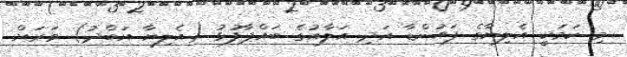
މި ކަމަކީ އެލިޔާގެ ފައުންޑާ އަދި އަލާއުގެ ބައްޕާފުޅު (އެލިޔާ އަބްދު) ވަރަށް